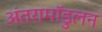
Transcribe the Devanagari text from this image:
अंतरामॉडुलन